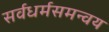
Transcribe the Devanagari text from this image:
सर्वधर्मसमन्वय